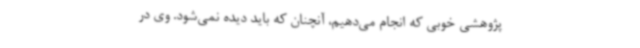
پژوهشی خوبی که انجام می‌دهیم، ‌آنچنان که باید دیده نمی‌شود. وی در